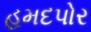
હમદપોર